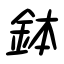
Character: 鉢